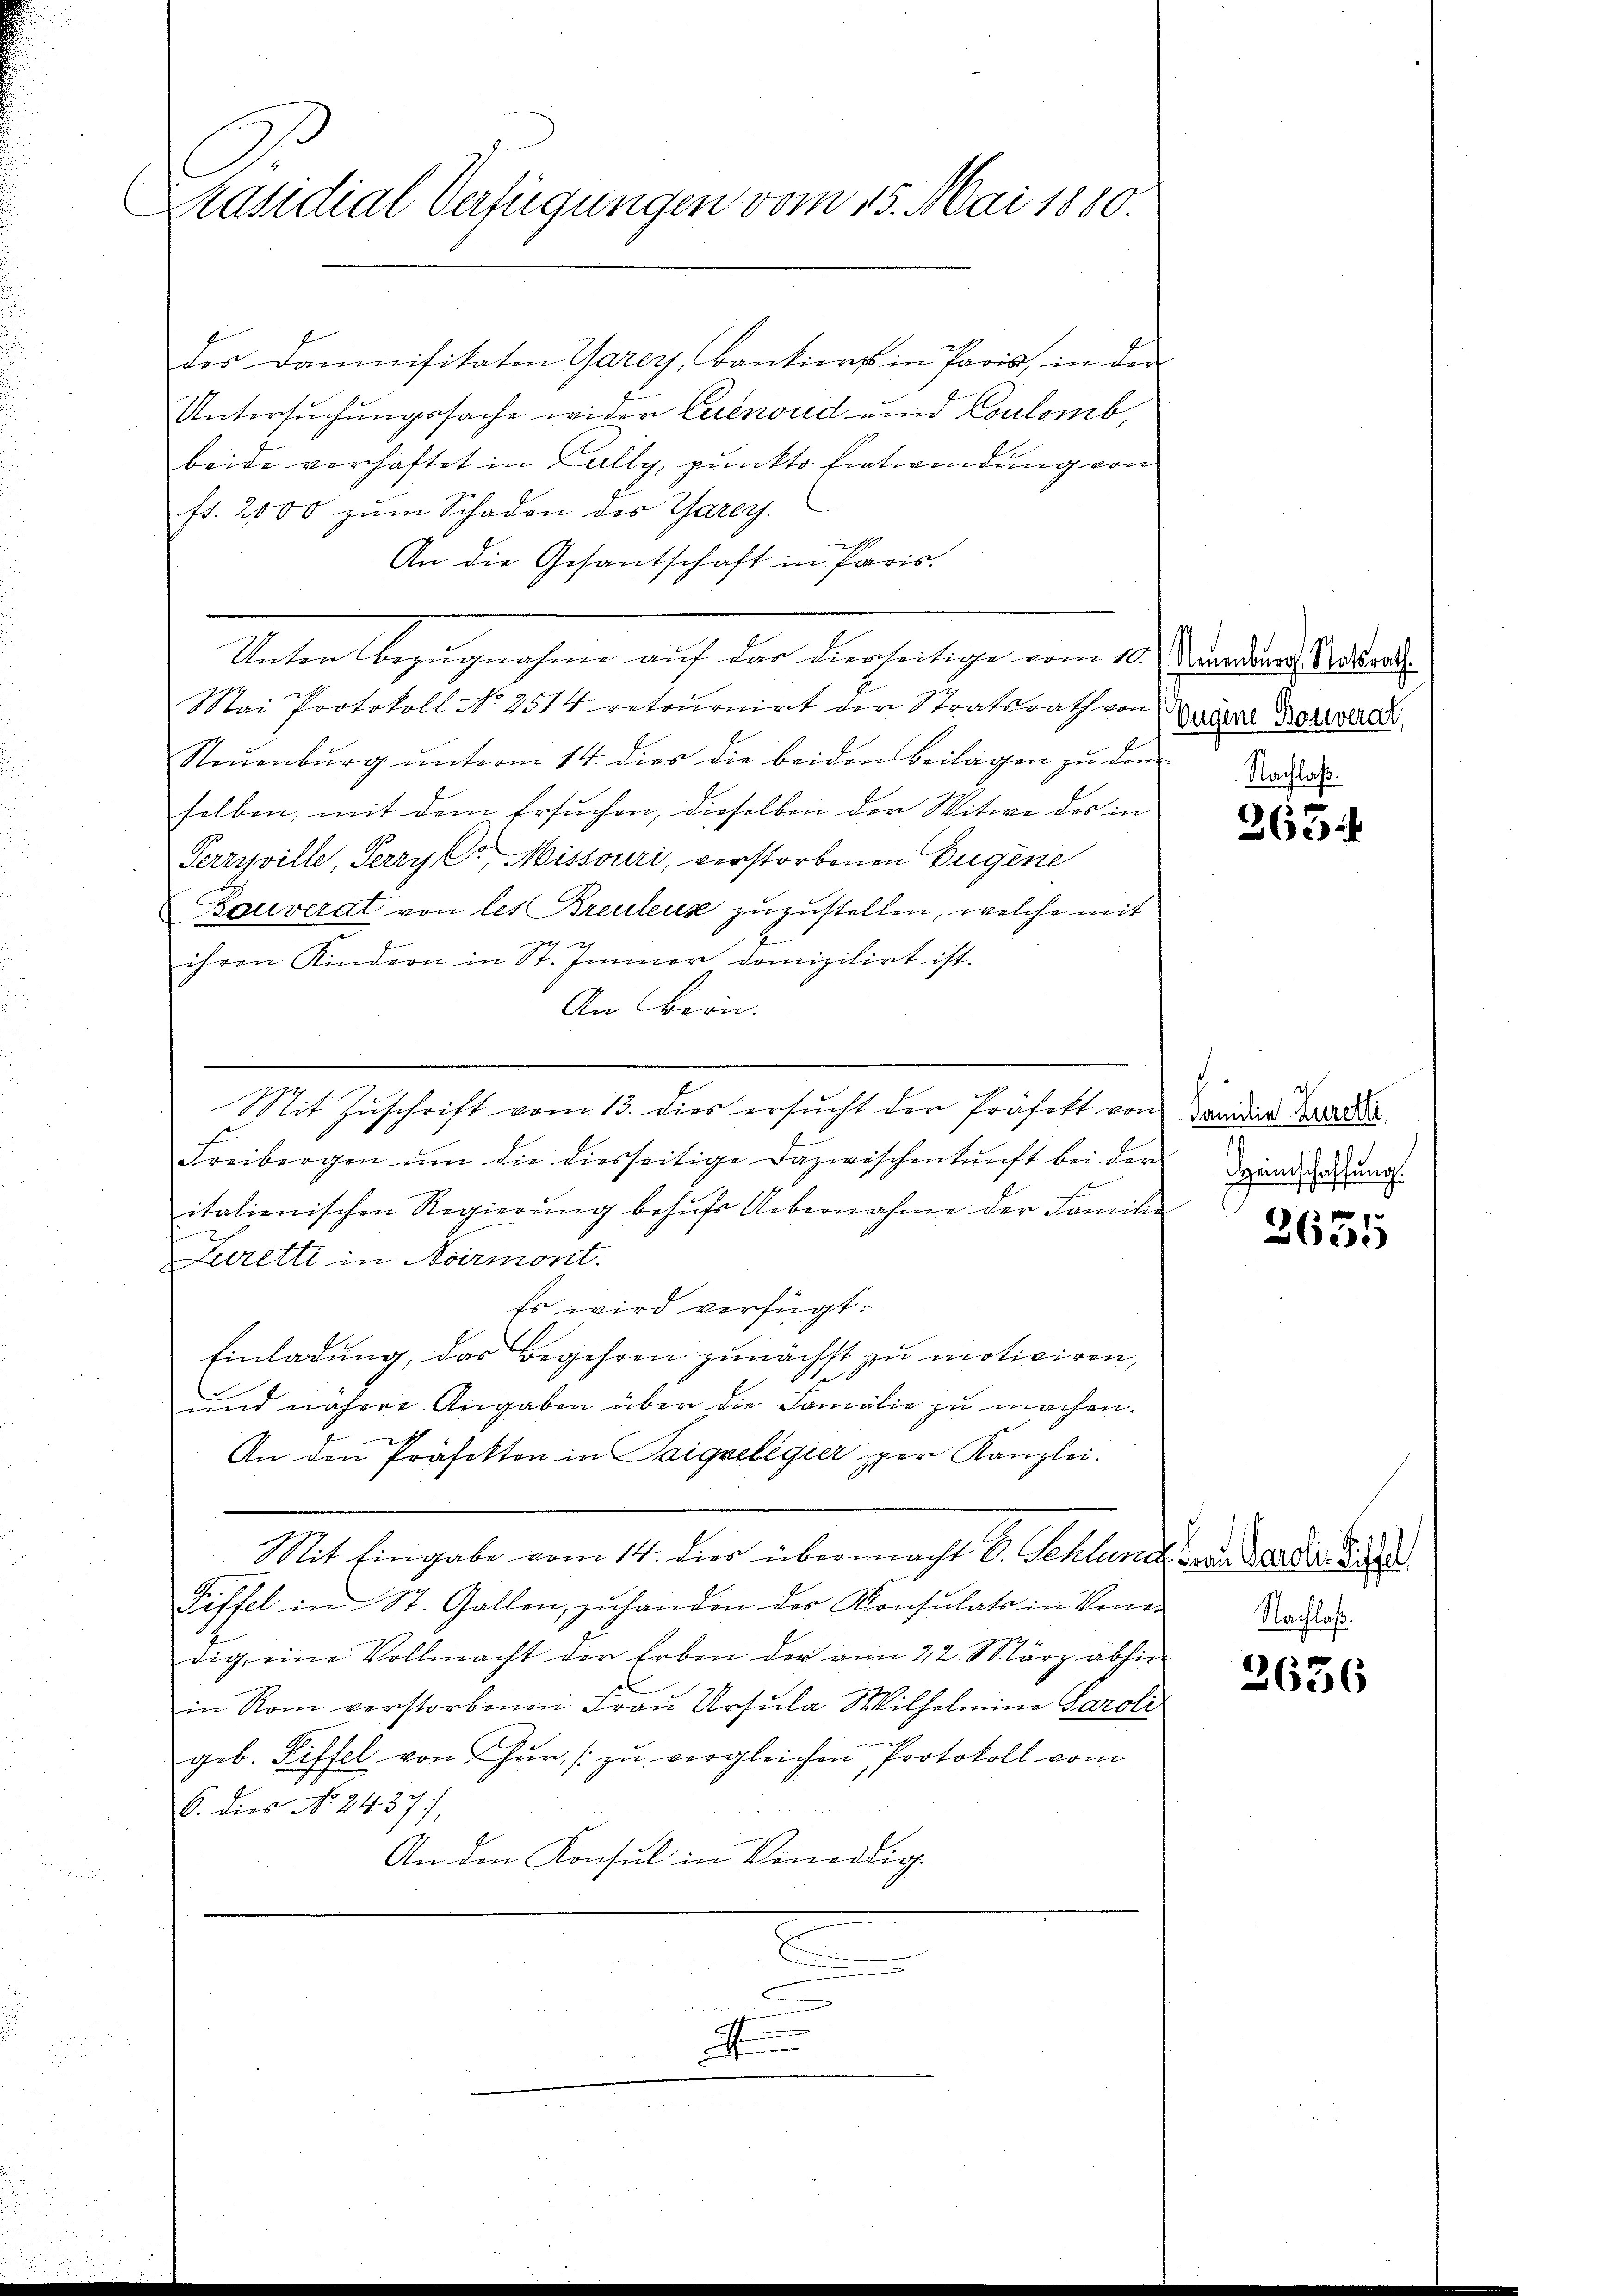
C
Präsidial Verfügungen vom 15. Mai 1880.

des Damnifikaten Garey, Bankiers in Paris, in der
Untersuchungssache wider Eurenoud und Coulomb,
beide vorhaftet in Zally, pŭnkto Entwendung von
fs. 2000 zum Schaden des Garey.
An die Gesantschaft in Paris.
Unter begegnungen auf der diesentige von 12. die auch diese
Mai Protokoll No 2514 retournirt der Staatsrath von
Steŭenbŭrg ŭnterm 14. dies die beiden Beilagen zŭ dem Vater
selben, mit dem Ersuchen, dieselben der Witwe des in
Perryville, Perry (C. Missouri, verstorbenen Bugene
Bouverat von les Breulens zuzustellen, welche mit
ihren Kindern in St. Immer danizilirt ist.
An Bern.
Sit Zŭschrift vom 13. dies ersŭcht der Präfekt von
Freibergen ŭm die diesseitige Dazwischenkunft bei der
J
italienischen Regierŭng behŭfs Uebernahme der Familie
Luretti in Normont.
Es wird verfügt:
Einladung, das Begehren zunächst zu motiviren,
und nähere Angaben über die Familie zu machen.
An den Präfekten in Saigelegier per Kanzlei.
Mit Eingabe vom 14. dies übermacht V. Schland den der der 849
Ziffel in St. Gallen, zuhanden der Konsulats in Vener Nachl
dig eine Vollmacht der Erben der am 22. März abhin
in Rom verstorbenen Frau Ursula Wilhelmine Paroli
geb. Riffel von Hur, zu vergleichen, Protokoll vom
C. dies No 2437),
An den Konsul in Venedig
.
A

Eugene Bouverat,

2674

Familie Zurelli
Heimschaffung.

x
2635

2636